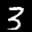
Label: 3